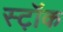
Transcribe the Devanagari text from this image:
स्ट़ॉक